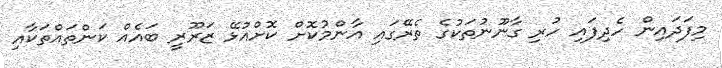
މިފަދައިން ހެދިފައި ހުރި ގާނޫނުތަކުގެ ތެރޭގައި އާންމުކޮށް ކޮށްއުޅޭ ޒަރޫރީ ބައެއް ކަންތައްތަކާއި